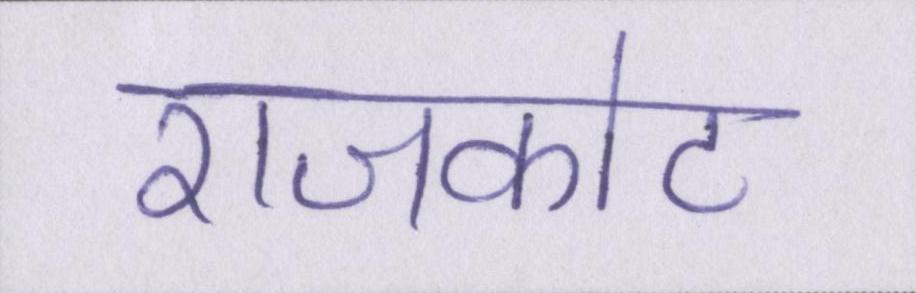
राजकोट